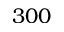
3 0 0